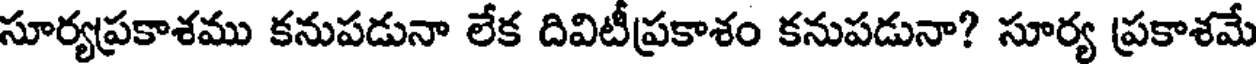
సూర్యప్రకాశము కనుపడునా లేక దివిటీప్రకాశం కనుపడునా? సూర్య ప్రకాశమే